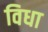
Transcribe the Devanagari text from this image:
विधा